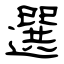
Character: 選